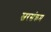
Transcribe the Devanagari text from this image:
स्वरसंक्रम